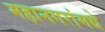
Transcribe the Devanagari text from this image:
महानगरांमधे